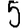
Digit: 5